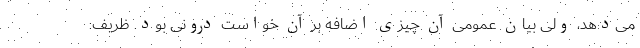
می‌دهد، ولی بیان عمومی آن چیزی اضافه بر آن خواست درونی بود. ظریف: